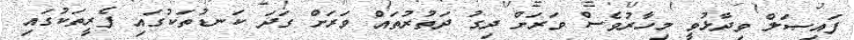
ފައިޞަލް ވިދާޅުވީ މިހާރުވެސް ވަރަށް ދިގު ދަތުރުތައް ވަރަށް ގަދަ ކަނޑުތަކުގައި ފެރީތަކުގައި